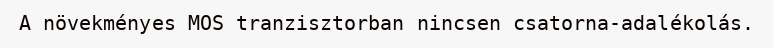
A növekményes MOS tranzisztorban nincsen csatorna-adalékolás.